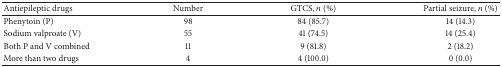
<table><thead><tr><td><b>Antiepileptic drugs</b></td><td><b>Number</b></td><td><b>GTCS, <i>n</i> (%)</b></td><td><b>Partial seizure, <i>n</i> (%)</b></td></tr></thead><tbody><tr><td>Phenytoin (P)</td><td>98</td><td>84 (85.7)</td><td>14 (14.3)</td></tr><tr><td>Sodium valproate (V)</td><td>55</td><td>41 (74.5)</td><td>14 (25.4)</td></tr><tr><td>Both P and V combined</td><td>11</td><td>9 (81.8)</td><td>2 (18.2)</td></tr><tr><td>More than two drugs</td><td>4</td><td>4 (100.0)</td><td>0 (0.0)</td></tr></tbody></table>